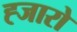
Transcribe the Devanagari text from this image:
ह्जारो